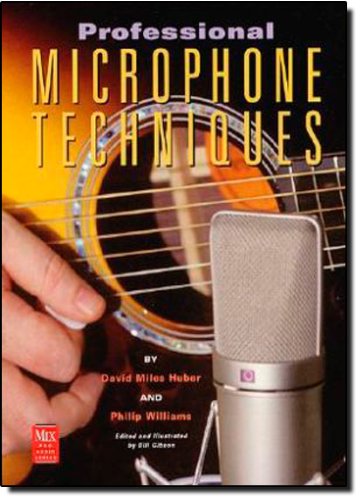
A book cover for Professional Microphone Techniques (Mix Pro Audio); David Miles-Huber; Computers & Technology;